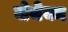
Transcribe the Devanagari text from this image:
जेनेका